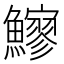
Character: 𩼶